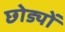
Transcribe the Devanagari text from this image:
छोड्यों